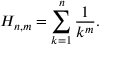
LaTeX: H _ { n , m } = \sum _ { k = 1 } ^ { n } { \frac { 1 } { k ^ { m } } } .